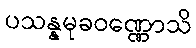
ပသန္နမုခဝဏ္ဏောသိ